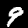
Digit: 9